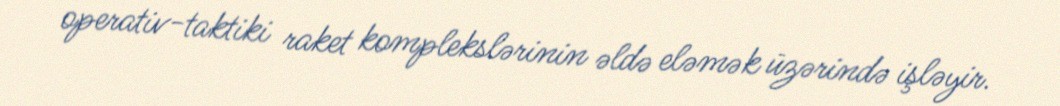
operativ-taktiki raket komplekslərinin əldə eləmək üzərində işləyir.